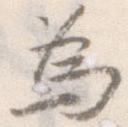
為